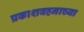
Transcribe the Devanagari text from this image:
प्रकाशवहनाच्या